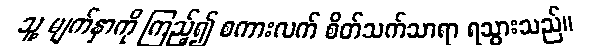
သူ့ မျက်နှာကို ကြည့်၍ စကားလက် စိတ်သက်သာရာ ရသွားသည်။